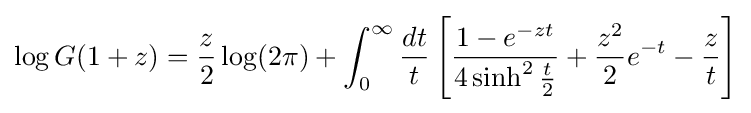
\log G(1+z)={\frac {z}{2}}\log(2\pi )+\int _{0}^{\infty }{\frac {dt}{t}}\left[{\frac {1-e^{-zt}}{4\sinh ^{2}{\frac {t}{2}}}}+{\frac {z^{2}}{2}}e^{-t}-{\frac {z}{t}}\right]